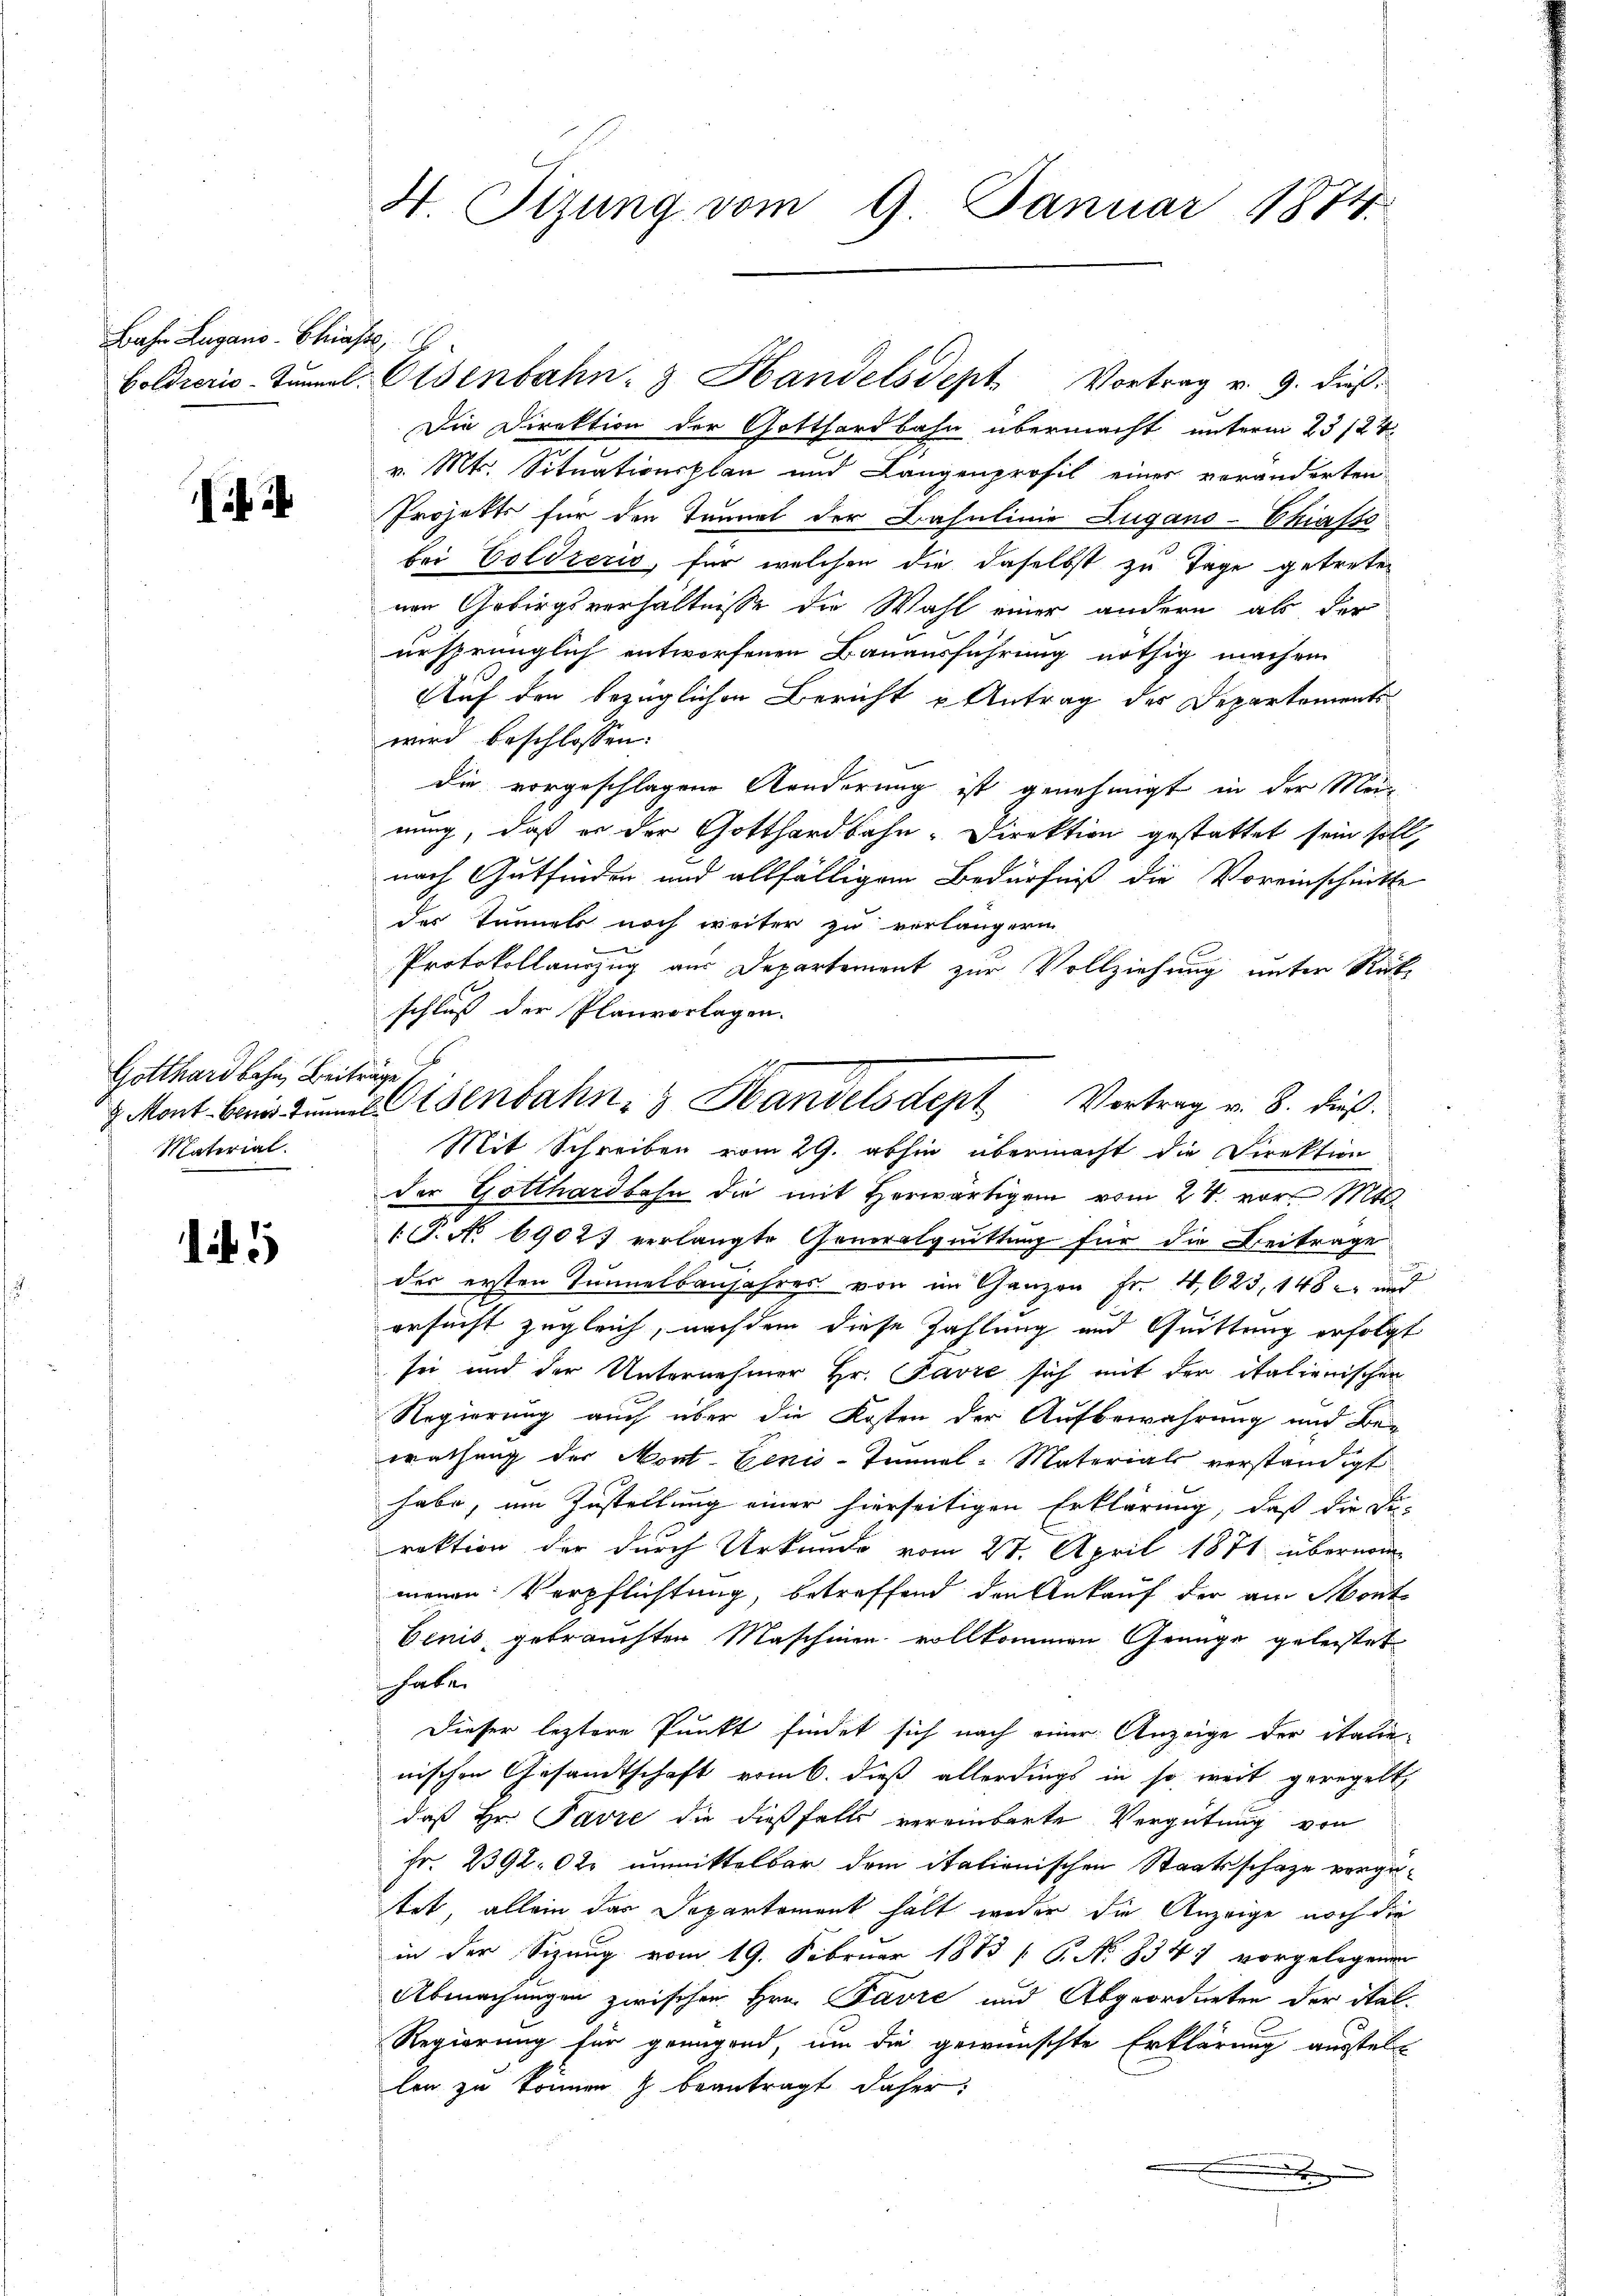
Bahn Lugano -Chiasse

ifi

Gotthardbahn, Beiträge
Material.

5

H. Sizung vom 9. Januar 1874.

Boldieris-Tŭnal-Eisenbahn- & Handelsdept Vortrag u. 9. dβ.
Die Direktion der Gotthardbahn übermacht unterm 23/24.
v. Mts. Situationsplan und Langenprofil einer veränderten
Projekts für den Tennet der Paulinie Zugano-Chiafte
bei Coldzeris, für welchen die daselbst zu Tage getreten
nen Gebirgsverhältnisse die Wahl einer andern als der
ursprünglich entworfenen Bauausführung nöthig machen
Auf den bezüglichen Bericht u Antrag des Departements
wird beschlossen:
die vorgeschlagene Aenderung ist genehmigt in der Men
nung, daß er der Gotthardbahn-Direktion gestattet sein soll,
nach Gutfinden und allfälligem Bedürfniß die Voreinschritte
des Tunnels noch weiter zu verlängern
Protokollauszug aus Departement zur Vollziehung unter Rückschluß der Planvorlagen.
Mit Schreiben vom 29. abhin übermacht die Direktion
der Gotthardbahn die mit Herwärtigen vom 24. vor. Mt
.P. No 69021 verlangte Generalquittung für die Beitrage
der ersten Tunnelbaujahres von im Ganzen Fr. 4,623, 148 und
gesucht zugleich, nachdem diese Zahlung und Quittung erfolgt
sei und der Unternehmer Hr. Favre sich mit der italienischen
Regierung auch über die Kosten der Aufbewahrung und Be-
wathung der Mort- Genis-Tannel-Materials verständigt
habe, um Zustellung einer hierseitigen Erklärung, daß die Fi-
rektion der durch Urkunde vom 27. April 1871 übernom
menen Verpflichtung, betreffend den Ankauf der am Mont
Benis, gebrauchten Maschinen vollkommen Genüge geleistet
 haben
Dieser leztere Punkt findet sich nach einer Anzeige der Staue
nischen Gesandtschaft vom 6. dieß allerdings in so weit geregelt,
daß Hr. Favre die dießfalls vereinbarte Vergütung von
Fr. 2392. 02. unmittelbar dem italienischen Staatsschaze vorgetet, allein das Departement hält weder die Anzeige noch die
in der Sizung vom 19. Februar 1883 / B. No. 834 1 vorgelegener
Abmachungen zwischen Hrn. Favre und Abgeordneten der ital¬
Regierung für grangend, um die gewünschte Erklärung ausstell
len zu können & beantragt daher:
.
.

Mont bei eisenbahn- & Handelsdept Vortrag v. 8. dieß¬